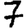
Digit: 7